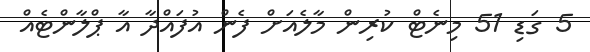
5 ގަޑި 51 މިނެޓް ކުރިން މާލެއަށް ފެން އުފައްދާ އާ ޕްލާންޓެއް